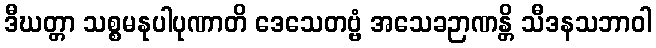
ဒီဃတ္တာ သစ္စမနုပါပုဏာတိ ဒေသေတဗ္ဗံ အသေခဉာဏန္တိ သီဒနသဘာဝါ